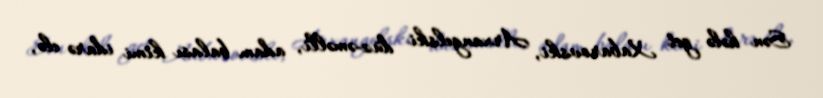
Sən hələ get Xabarovski, Arxangelski düz-əməlli, adam balası kimi idarə elə,